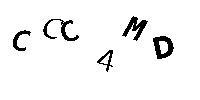
CCC4MD